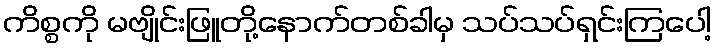
ကိစ္စကို မဗျိုင်းဖြူတို့နောက်တစ်ခါမှ သပ်သပ်ရှင်းကြပေါ့